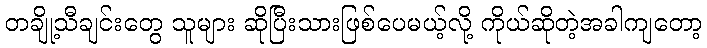
တချို့သီချင်းတွေ သူများ ဆိုပြီးသားဖြစ်ပေမယ့်လို့ ကိုယ်ဆိုတဲ့အခါကျတော့